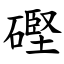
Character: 䃘